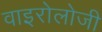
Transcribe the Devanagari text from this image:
वाइरोलोजी